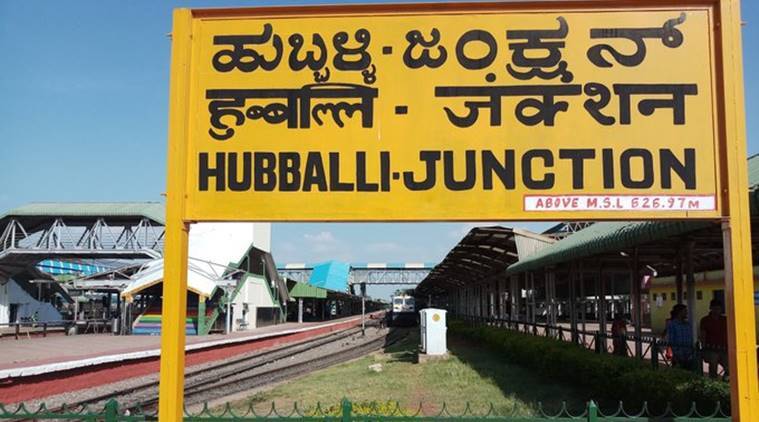
Language: kannada
Transcription: ಜಂಕ್ಷನ್ ಹುಬ್ಬಳ್ಳಿ